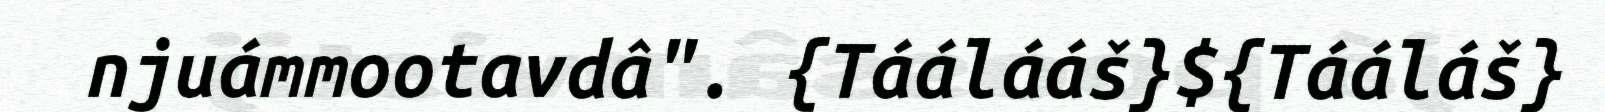
njuámmootavdâ". {Táálááš}${Tááláš}